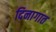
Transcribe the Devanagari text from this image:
दिनागात